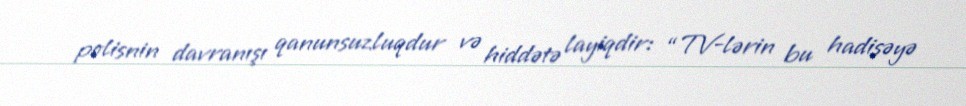
polisnin davranışı qanunsuzluqdur və hiddətə layiqdir: “TV-lərin bu hadisəyə